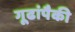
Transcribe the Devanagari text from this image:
गूढांपैकी